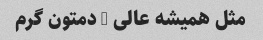
مثل همیشه عالی … دمتون گرم